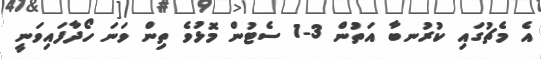
އެ މެޗުގައި ކުރުނބާ އަތުން 3-1 ސެޓުން މޮޅުވެ ތިން ވަނަ ހޯދާފައިވަނީ